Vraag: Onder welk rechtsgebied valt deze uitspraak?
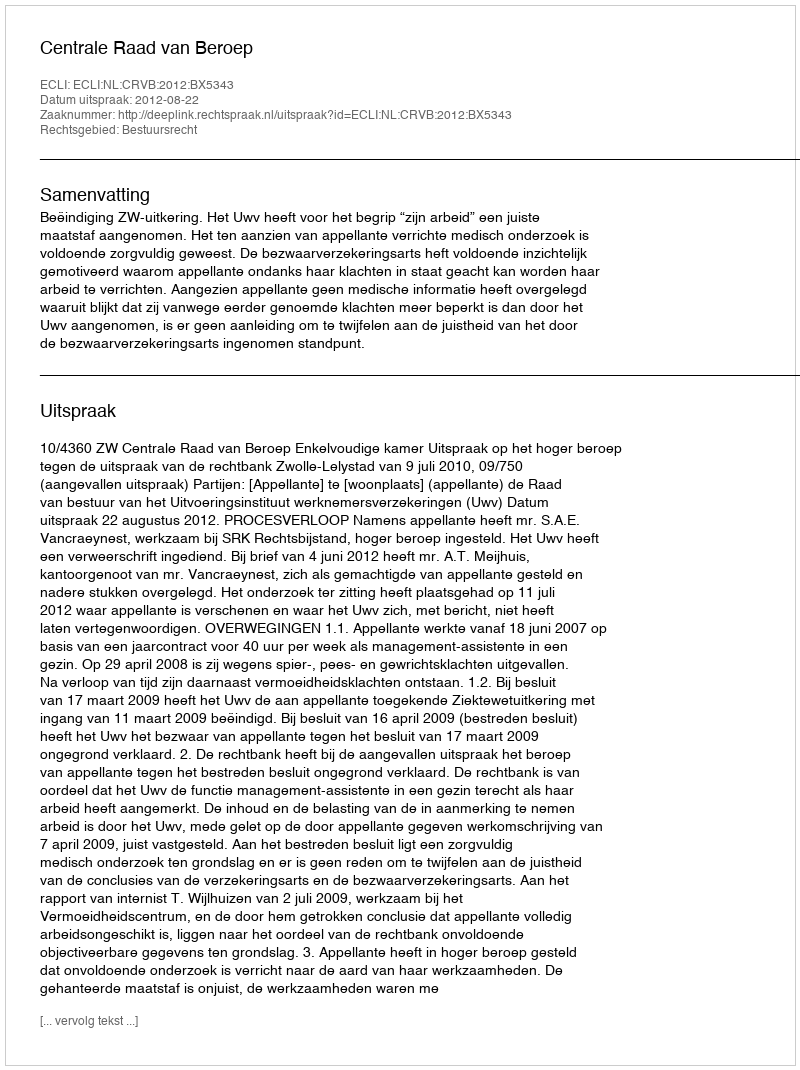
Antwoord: Bestuursrecht